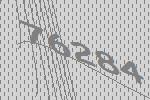
76284